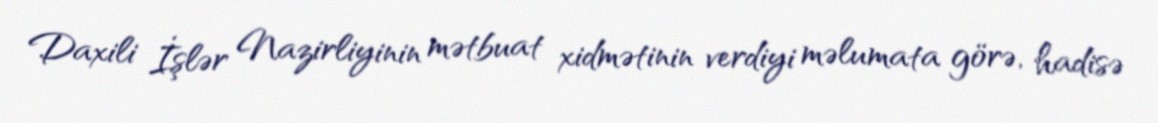
Daxili İşlər Nazirliyinin mətbuat xidmətinin verdiyi məlumata görə, hadisə